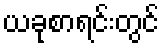
ယခုစာရင်းတွင်